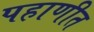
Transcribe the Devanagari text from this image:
पहाणीत